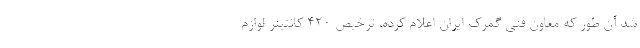
شد آن طور که معاون فنی گمرک ایران اعلام کرده، ترخیص ۴۲۰ کانتینر لوازم